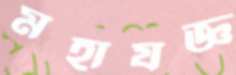
মহাযজ্ঞ